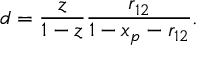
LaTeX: d = \frac { z } { 1 - z } \frac { r _ { 1 2 } } { 1 - x _ { p } - r _ { 1 2 } } .